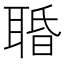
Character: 䎽